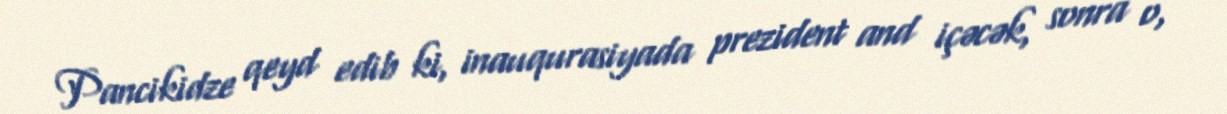
Pancikidze qeyd edib ki, inauqurasiyada prezident and içəcək, sonra o,